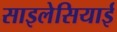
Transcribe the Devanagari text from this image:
साइलेसियाई